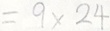
= 9 \times 2 4